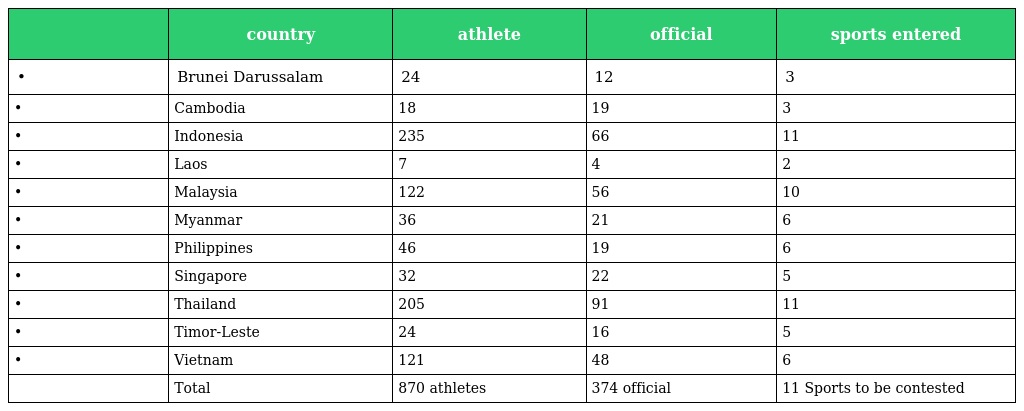
|  | country | athlete | official | sports entered |
 | --- | --- | --- | --- | --- |
 | • | Brunei Darussalam | 24 | 12 | 3 |
 | • | Cambodia | 18 | 19 | 3 |
 | • | Indonesia | 235 | 66 | 11 |
 | • | Laos | 7 | 4 | 2 |
 | • | Malaysia | 122 | 56 | 10 |
 | • | Myanmar | 36 | 21 | 6 |
 | • | Philippines | 46 | 19 | 6 |
 | • | Singapore | 32 | 22 | 5 |
 | • | Thailand | 205 | 91 | 11 |
 | • | Timor-Leste | 24 | 16 | 5 |
 | • | Vietnam | 121 | 48 | 6 |
 |  | Total | 870 athletes | 374 official | 11 Sports to be contested |